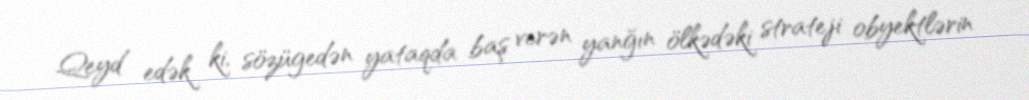
Qeyd edək ki, sözügedən yataqda baş verən yanğın ölkədəki strateji obyektlərin